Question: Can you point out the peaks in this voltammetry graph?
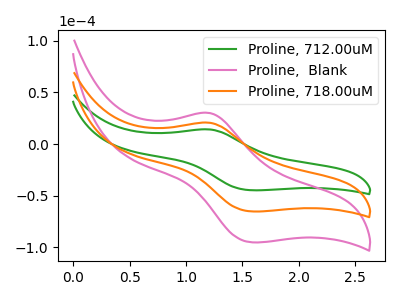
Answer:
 <answer>The green curve "Proline, 712.00uM" has an anodic peak at (1.20V, 14.15uA) and a cathodic peak at (1.60V, -44.80uA). The pink curve "Proline,  Blank" has an anodic peak at (1.20V, 41.30uA) and a cathodic peak at (1.60V, -130.70uA). The orange curve "Proline, 718.00uM" has an anodic peak at (1.20V, 20.65uA) and a cathodic peak at (1.60V, -65.35uA).</answer>
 <eval></eval>